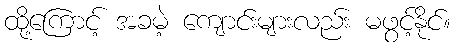
ထို့ကြောင့် အခမဲ့ ကျောင်းများလည်း မဖွင့်နိုင်။